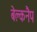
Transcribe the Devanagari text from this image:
बेल्कनैप